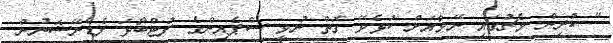
" ކުރިން މެޗުގައި ނޭމާއަށް ކުޅެވޭ ގޮތް ނުވީ ސްޕެއިންގެ ފުޓްބޯޅަ ފެޑެރޭޝަނުން